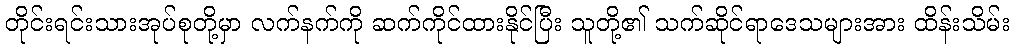
တိုင်းရင်းသားအုပ်စုတို့မှာ လက်နက်ကို ဆက်ကိုင်ထားနိုင်ပြီး သူတို့၏ သက်ဆိုင်ရာဒေသများအား ထိန်းသိမ်း